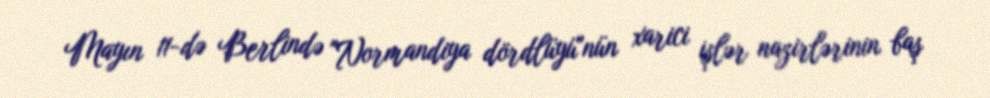
Mayın 11-də Berlində "Normandiya dördlüyü"nün xarici işlər nazirlərinin baş